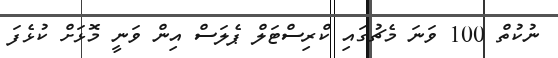
ނުކުތް 100 ވަނަ މެޗުގައި ކްރިސްޓަލް ޕެލަސް އިން ވަނީ މޮޅަށް ކުޅެފަ